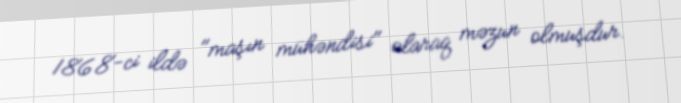
1868-ci ildə "maşın mühəndisi" olaraq məzun olmuşdur.